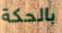
بالحكة